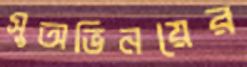
সুঅভিনয়ের